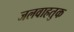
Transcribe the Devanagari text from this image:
जलवाहतुक